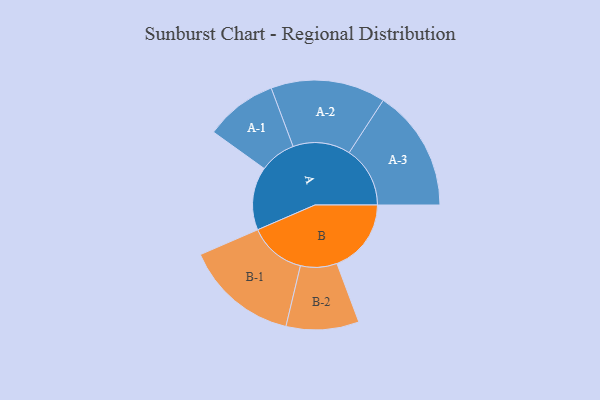
{"axis": {"x": "Segment", "y": "Value"}, "legend": ["", "A", "B"], "data": [{"x": "A", "y": 250, "type": ""}, {"x": "B", "y": 294, "type": ""}, {"x": "A-1", "y": 143, "type": "A"}, {"x": "A-2", "y": 227, "type": "A"}, {"x": "A-3", "y": 241, "type": "A"}, {"x": "B-1", "y": 225, "type": "B"}, {"x": "B-2", "y": 144, "type": "B"}]}